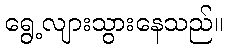
ရွေ့လျားသွားနေသည်။